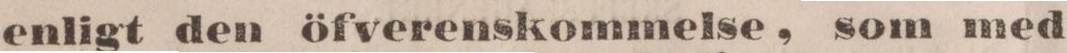
enligt den öfverenskommelse, som med